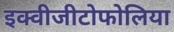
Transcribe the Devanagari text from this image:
इक्वीजीटोफोलिया